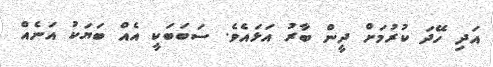
އަދި ހޭދަ ކުރުމަށް ދީން ބާރު އަޅައެވެ. ސަބަބަކީ އެއް ބަޔަކު އަނެއް